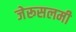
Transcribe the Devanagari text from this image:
जेरूसलमी